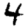
Digit: 4